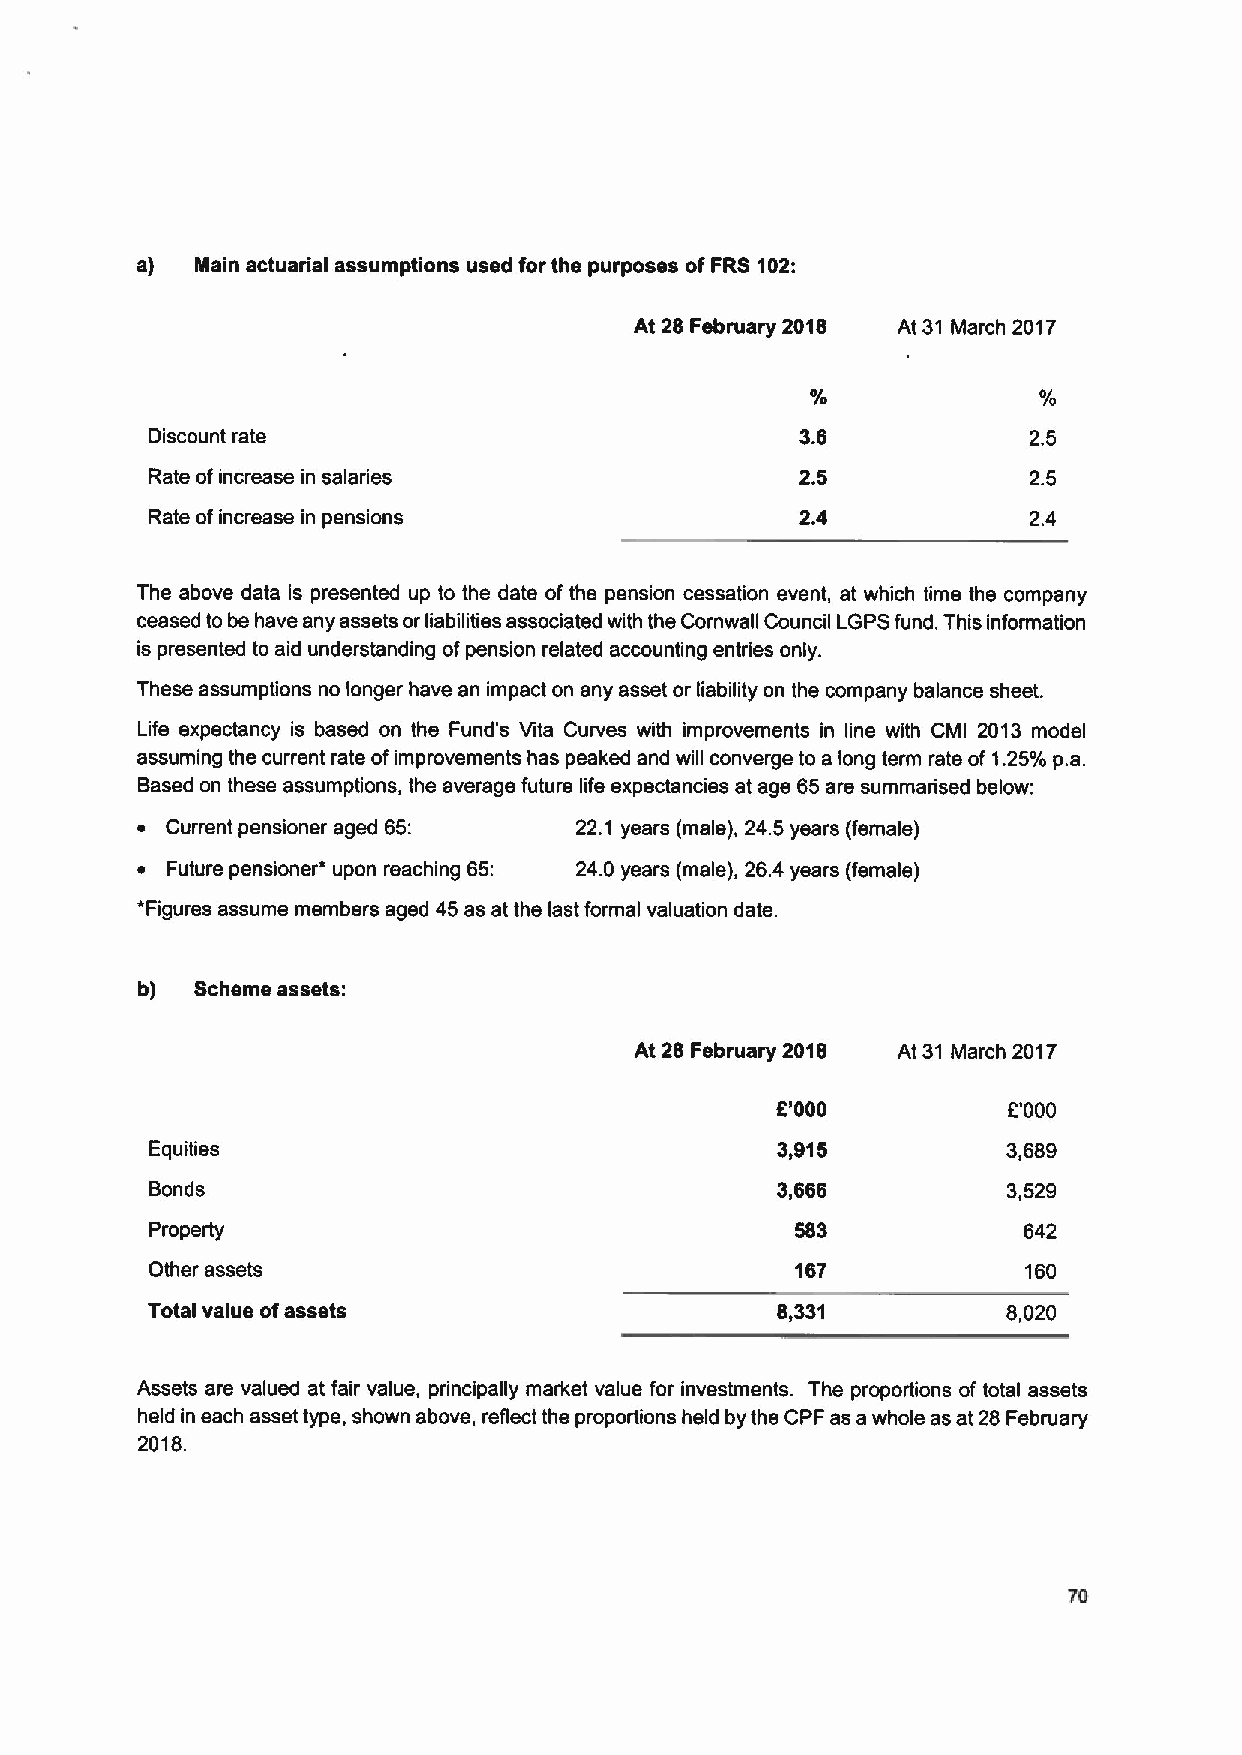
a)  Main actuarial assumptions used for the purposes ofFRS 102:
 At 28 February 2018 At 31 March 2017
 0/             0/
 Discount rate                              3.6            2.5
 Rate ofincrease in salaries                2.5            2.5
 Rate ofincrease in pensions                2.4            2.4
 The above data is presented up to the date of the pension cessation event, at which time the company
 ceased to be have any assets orliabilities associated with the Cornwall Council LGPSfund. This information
 is presented to aid understanding ofpension related accounting entries only.
 These assumptions no longer have an impact on any asset or liability on the company balance sheet.
 Life expectancy is based on the Fund's Vita Curves with improvements in line with CMI 2013 model
 assuming the current rate ofimprovements has peaked and will converge to a long term rate of 1.25'k p.a.
 Based on these assumptions, the average future life expectancies at age 65are summarised below:
 ~ Current pensioner aged 65: 22.1 years (male), 24.5years (female)
 ~ Future pensioner* upon reaching 65: 24.0 years (male), 26.4 years (female)
 *Figures assume members aged 45 as at the last formal valuation date.
 b)  Scheme assets:
 At 28 February 2018 At 31 March 2017
 6'000           E'000
 Equities                                 3,915           3,689
 Bonds                                    3,666           3,529
 Property                                   583            642
 Other assets                               167            160
 Total value ofassets                     8,331           8,020
 Assets are valued at fair value, principally market value for investments. The proportions of total assets
 held in each asset type, shown above, reflect the proportions held by the CPF as a whole as at 28 February
 2018.